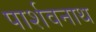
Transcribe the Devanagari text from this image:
पार्शवनाथ